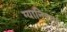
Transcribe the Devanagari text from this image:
ग्यानिराम